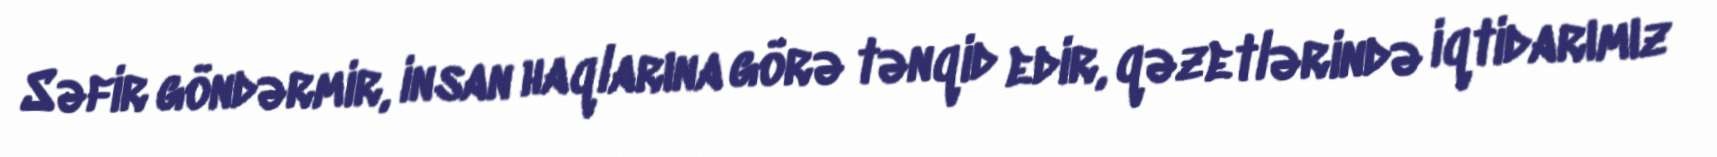
Səfir göndərmir, insan haqlarına görə tənqid edir, qəzetlərində iqtidarımız